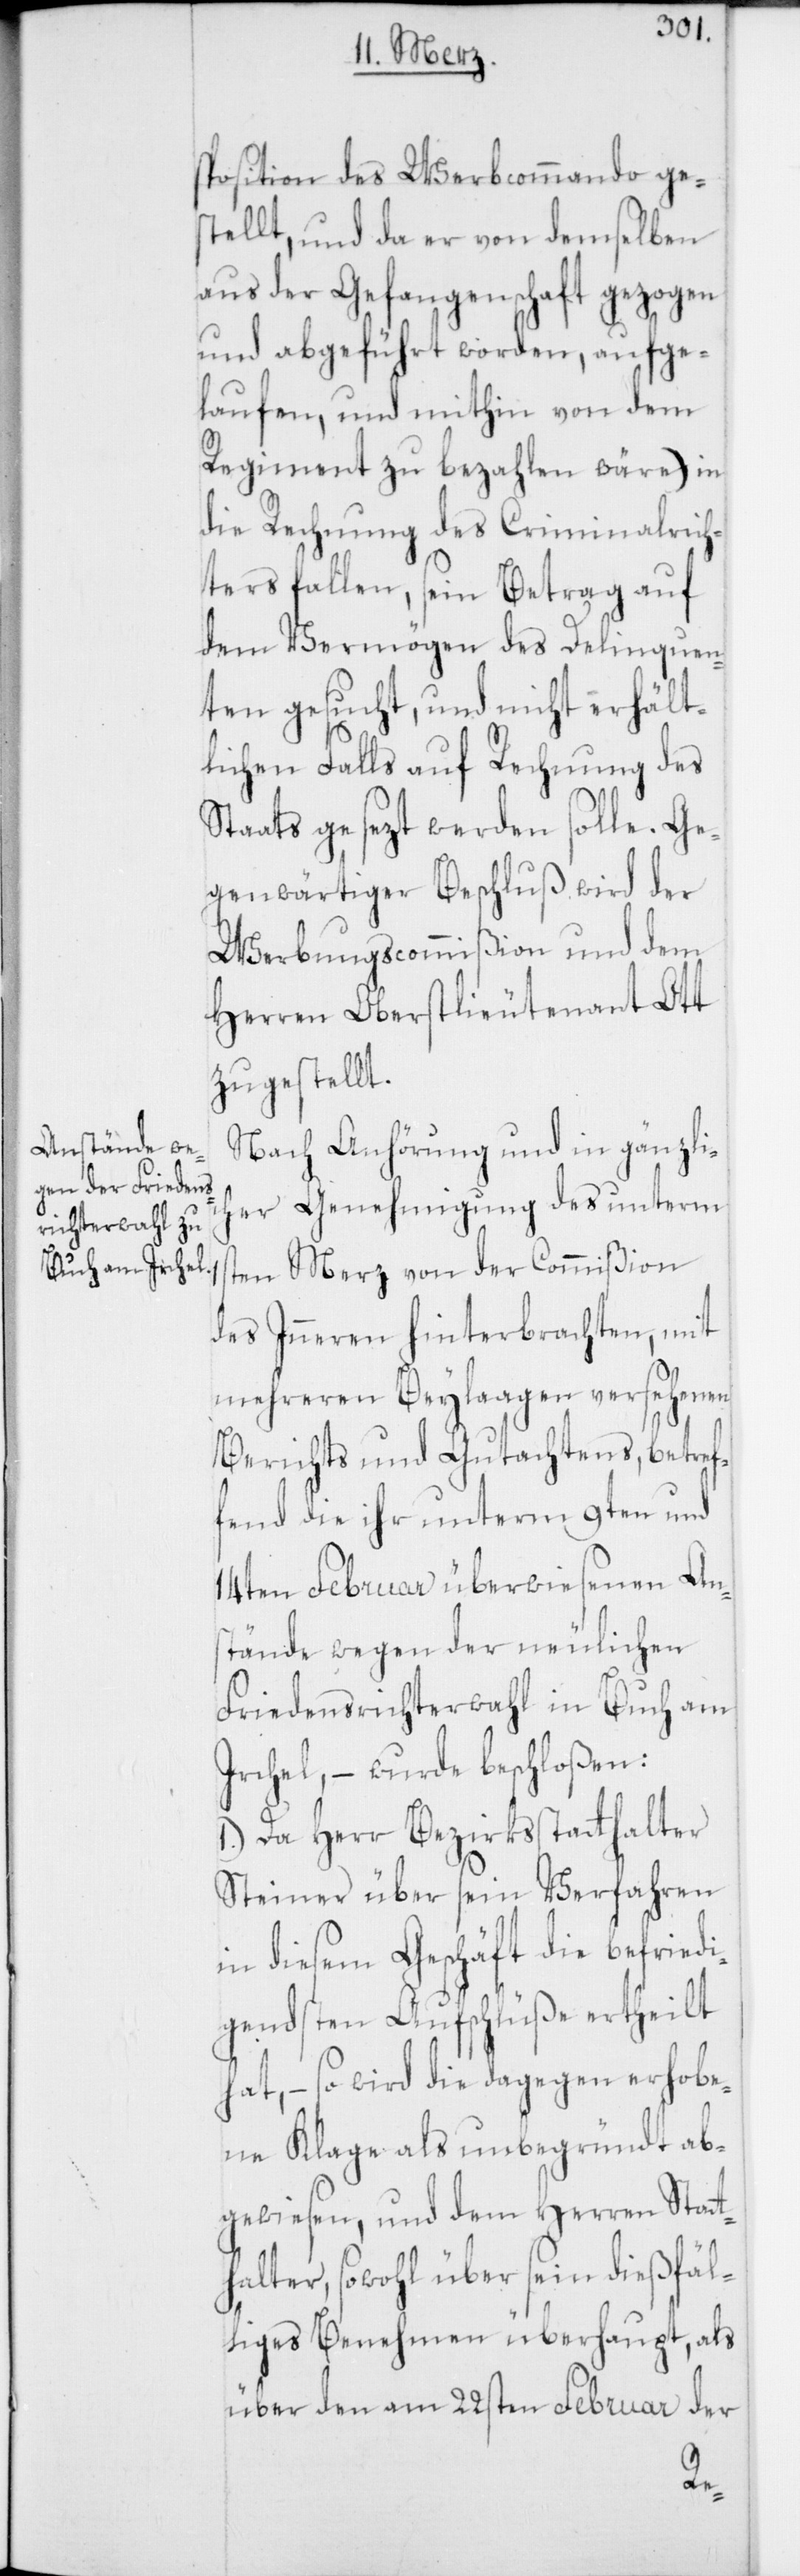
sposition des Werbcommando ge¬
stellt, und da er von demselben
aus der Gefangenschaft gezogen
und abgeführt worden, aufge¬
laufen, und mithin von dem
Regiment zu bezahlen wäre), in
die Rechnung des Criminalrich¬
ters fallen, sein Betrag auf
dem Vermögen des Delinquen¬
ten gesucht, und nicht erhält¬
lichen Falls auf Rechnung des
Staats gesezt werden solle.
genwärtiger Beschluß wird der
Werbungscommißion und dem
Herren Oberstlieutenant Ott
zugestellt.
Nach Anhörung und in gänzlic¬
her Genehmigung des unterm
ten Merz von der Commißion
des Inneren hinterbrachten, mit
mehreren Beylagen versehenen
Berichts und Gutachtens, betref¬
fend die ihr unterm 9ten und
14ten Februar überwiesenen Ans¬
tände wegen der neulichen
Friedensrichterwahl in Buch am
Irchel, – wurde beschloßen:
1.) Da Herr Bezirksstatthalter
Steiner über sein Verfahren
in diesem Geschäft die befriedi¬
gendsten Aufschlüße ertheilt
hat, – so wird die dagegen erhobe¬
ne Klage als unbegründt ab¬
gewiesen, und dem Herren Statt¬
halter, sowohl über sein dießfäl¬
liges Benehmen überhaupt, als
über den am 22sten Februar der
1s¬